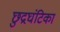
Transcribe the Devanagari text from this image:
छुद्रघंटिका